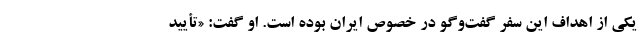
یکی از اهداف این سفر گفت‌وگو در خصوص ایران بوده است. او گفت: «تأیید